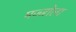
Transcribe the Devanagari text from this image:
मज्जोला